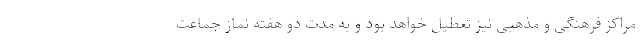
مراکز فرهنگی و مذهبی نیز تعطیل خواهد بود و به مدت دو هفته نماز جماعت